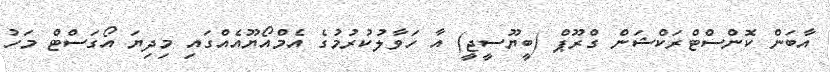
އާބަން ކޮންސްޓްރަކްޝަން ގްރޫޕް (ބީޔޫސީޖީ) އާ ހަވާލުކުރުމުގެ އެމްއޯޔޫއެއްގައި މިދިޔަ އޯގަސްޓް މަހު